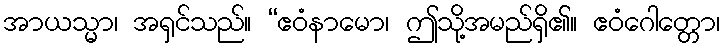
အာယသ္မာ၊ အရှင်သည်။ “ဧဝံနာမော၊ ဤသို့အမည်ရှိ၏။ ဧဝံဂေါတ္တော၊